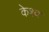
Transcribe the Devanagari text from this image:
केश्व